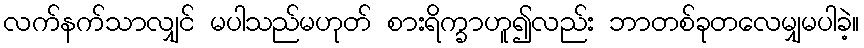
လက်နက်သာလျှင် မပါသည်မဟုတ် စားရိက္ခာဟူ၍လည်း ဘာတစ်ခုတလေမျှမပါခဲ့။